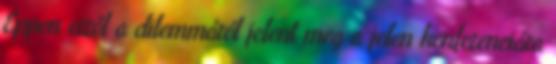
Éppen erről a dilemmáról jelent meg a jelen konferenciára